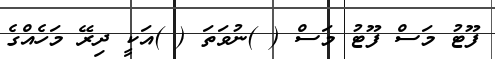
ފޫޓު މަސް ފޫޓު މަސް ( )ނުވަތަ ( )އަކީ ދިރޭ މަހެއްގެ